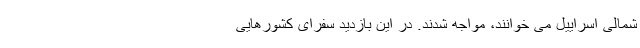
شمالی اسراییل می خوانند، مواجه شدند. در این بازدید سفرای کشورهایی